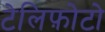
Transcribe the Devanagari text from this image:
टेलिफ़ोटो